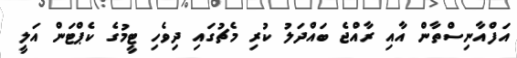
އަފްއާނިސްތާން އާއި ރާއްޖެ ބައްދަލު ކުރި މެޗުގައި ދިވެހި ޓީމުގެ ކެޕްޓަން އަލީ